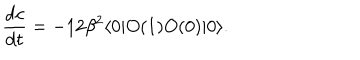
{ \frac { \mathrm { d } c } { \mathrm { d } t } } = - 1 2 \beta ^ { 2 } \langle 0 | O ( 1 ) O ( 0 ) | 0 \rangle .